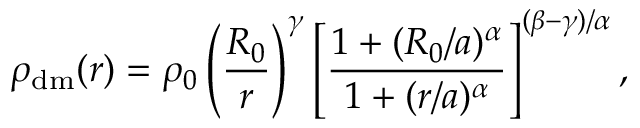
\rho _ { \mathrm { { d m } } } ( r ) = \rho _ { 0 } \left( \frac { R _ { 0 } } { r } \right) ^ { \gamma } \left[ \frac { 1 + ( R _ { 0 } / a ) ^ { \alpha } } { 1 + ( r / a ) ^ { \alpha } } \right] ^ { ( \beta - \gamma ) / \alpha } ,